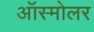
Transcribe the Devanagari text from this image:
ऑस्मोलर